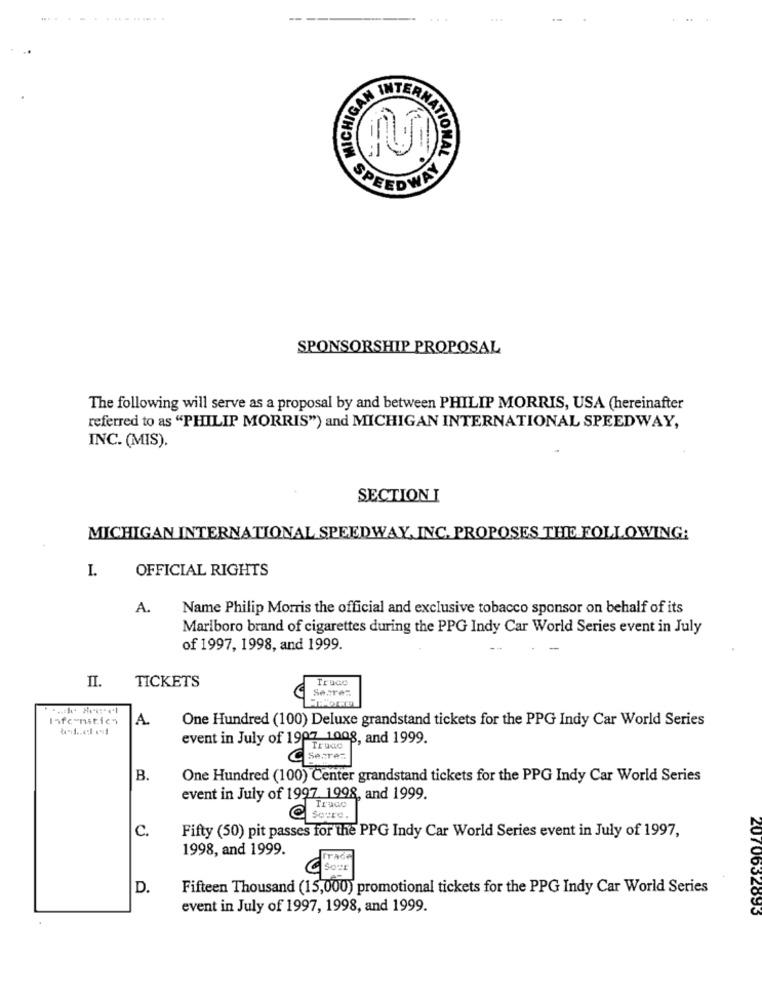
..... .
...........
GAN INTERNAT
ANATIONAL AM
SPONSORSHIP PROPOSAL
The following will serve as a proposal by and between PHILIP MORRIS, USA (hereinafter
referred to as "PHILIP MORRIS") and MICHIGAN INTERNATIONAL SPEEDWAY,
INC. (MIS).
SECTION I
MICHIGAN INTERNATIONAL SPEEDWAY, INC. PROPOSES THE FOLLOWING:
I.
OFFICIAL RIGHTS
A.
Name Philip Morris the official and exclusive tobacco sponsor on behalf of its
Marlboro brand of cigarettes during the PPG Indy Car World Series event in July
of 1997, 1998, and 1999.
II.
TICKETS
Truco
Seares
Infe mitich
A.
One Hundred (100) Deluxe grandstand tickets for the PPG Indy Car World Series
event in July of 1907 1008, and 1999.
C Secret
B.
One Hundred (100) Center grandstand tickets for the PPG Indy Car World Series
event in July of 1997. 1998, and 1999.
Trade
Soure.
C.
Fifty (50) pit passes for the PPG Indy Car World Series event in July of 1997,
1998, and 1999.
D.
Fifteen Thousand (15,000) promotional tickets for the PPG Indy Car World Series
event in July of 1997, 1998, and 1999.
2070632893